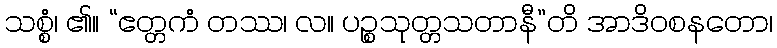
သစ္စံ၊ ၏။ “ဧတ္တကံ တဿ၊ လ။ ပဉ္စသုတ္တသတာနီ”တိ အာဒိဝစနတော၊